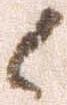
候